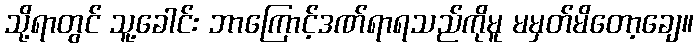
သို့ရာတွင် သူ့ခေါင်း ဘာကြောင့်ဒဏ်ရာရသည်ကိုမူ မမှတ်မိတော့ချေ။